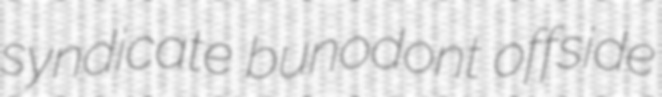
syndicate bunodont offside